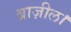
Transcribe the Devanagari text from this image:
ब्राज़ील।